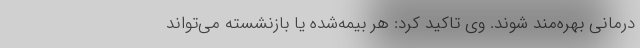
درمانی بهره‌مند شوند. وی تاکید کرد: هر بیمه‌شده یا بازنشسته می‌تواند